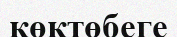
көктөбеге